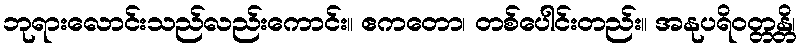
ဘုရားလောင်းသည်လည်းကောင်း။ ဧကတော၊ တစ်ပေါင်းတည်း။ အနုပရိဝတ္တန္တိ၊